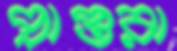
প্রাপ্তরা